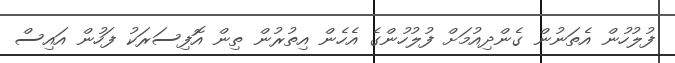
ފުލުހުން އެތަނުން ގެންދިއުމަށް ފުލުހުންގެ އެހެން އިތުރުން ތިން އޮފިސަރަކު ފަހުން އައިސް